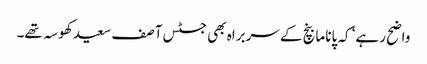
واضح رہے‘ کہ پاناما بنچ کے سربراہ بھی جسٹس آصف سعید کھوسہ تھے۔